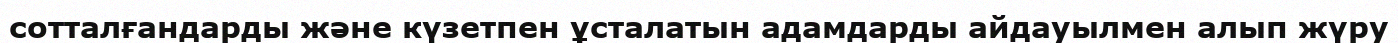
сотталғандарды және күзетпен ұсталатын адамдарды айдауылмен алып жүру